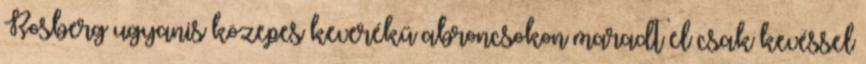
Rosberg ugyanis közepes keverékű abroncsokon maradt el csak kevéssel